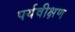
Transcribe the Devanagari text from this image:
पर्यवीक्षण